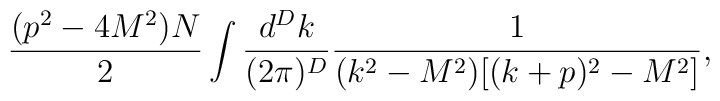
\frac{(p^2-4M^2)N}2\int\frac{d^Dk}{(2\pi)^D} \frac{1}{(k^2-M^2)[(k+p)^2-M^2]},